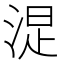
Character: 𣷐